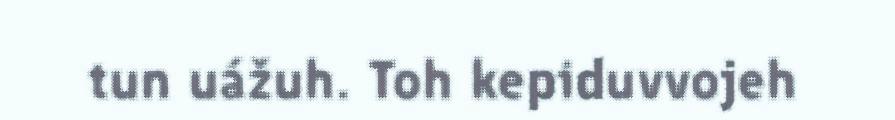
tun uážuh. Toh kepiduvvojeh